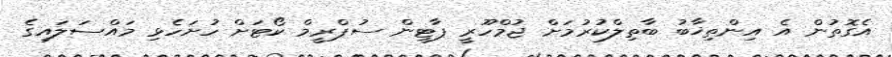
އެގޮތުން އެ އިންތިޚާބު ބާތިލްކުރުމަށް ޖުމްހޫރީ ޕާޓީން ސުޕްރީމް ކޯޓަށް ހުށަހެޅި މައްސަލައިގެ